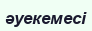
әуекемесі